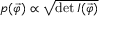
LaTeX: p ( { \vec { \varphi } } ) \propto { \sqrt { \operatorname* { d e t } I ( { \vec { \varphi } } ) } }